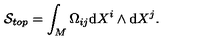
\mathcal { S } _ { t o p } = \int _ { M } \Omega _ { i j } \mathrm { d } X ^ { i } \wedge \mathrm { d } X ^ { j } .